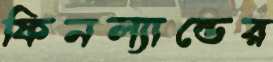
ফিনল্যান্ডের